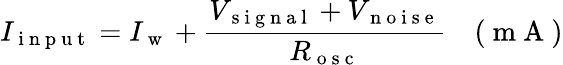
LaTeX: I_{\mathrm{~i~n~p~u~t~}}=I_{\mathrm{~w~}}+\frac{V_{\mathrm{~s~i~g~n~a~l~}}+V_{\mathrm{~n~o~i~s~e~}}}{R_{\mathrm{~o~s~c~}}}\quad(\mathrm{~m~A~})